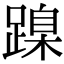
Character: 𨃔